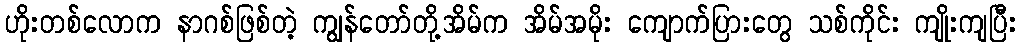
ဟိုးတစ်လောက နာဂစ်ဖြစ်တဲ့ ကျွန်တော်တို့အိမ်က အိမ်အမိုး ကျောက်ပြားတွေ သစ်ကိုင်း ကျိုးကျပြီး